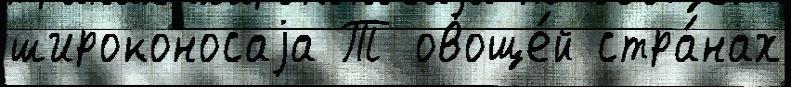
широконосаjа Т овоще́й стра́нах